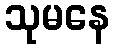
သုမနေ